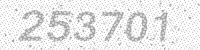
Solution: 253701